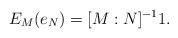
LaTeX: \begin{align*} E_M(e_N)=[M:N]^{-1}1.\end{align*}